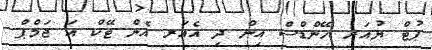
ޕުޓް ޔުއަރ ހޭންޑްސް އިން ދި އެެއަރ އެން ޓޭކް އަ ޖަމްޕް